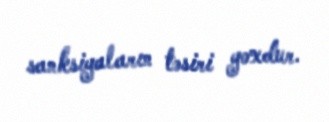
sanksiyaların təsiri yoxdur.